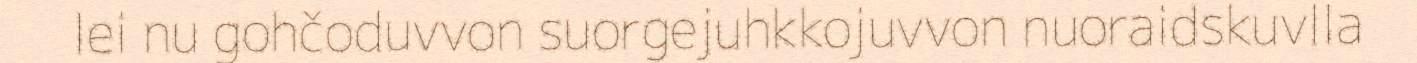
lei nu gohčoduvvon suorgejuhkkojuvvon nuoraidskuvlla